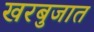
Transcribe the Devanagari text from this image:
खरबुजात